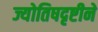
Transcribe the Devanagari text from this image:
ज्योतिषदृष्टीने